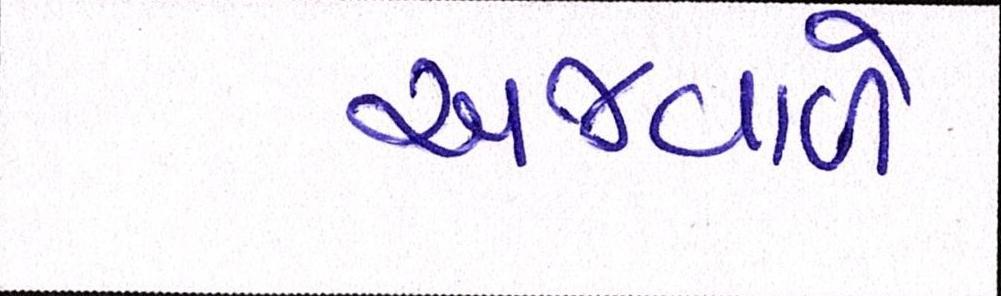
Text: અજવાળે